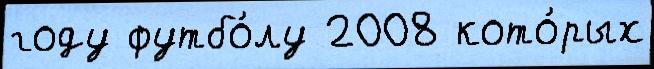
году футбо́лу 2008 кото́рых